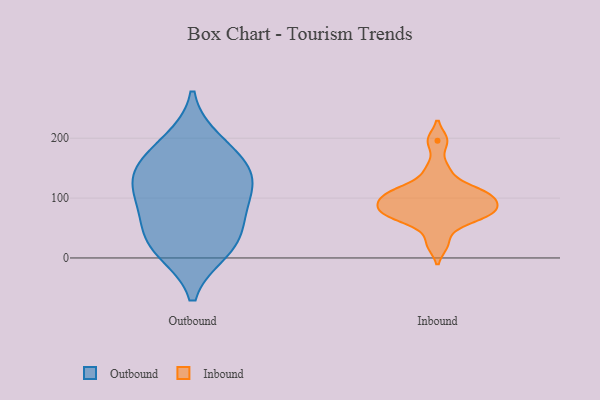
{"axis": {"x": "Population (Million)", "y": "Value"}, "legend": ["Inbound", "Outbound"], "data": [{"x": "", "y": 13, "type": "Outbound"}, {"x": "", "y": 127, "type": "Outbound"}, {"x": "", "y": 194, "type": "Outbound"}, {"x": "", "y": 79, "type": "Outbound"}, {"x": "", "y": 137, "type": "Outbound"}, {"x": "", "y": 35, "type": "Outbound"}, {"x": "", "y": 87, "type": "Outbound"}, {"x": "", "y": 136, "type": "Outbound"}, {"x": "", "y": 169, "type": "Outbound"}, {"x": "", "y": 22, "type": "Outbound"}, {"x": "", "y": 74, "type": "Inbound"}, {"x": "", "y": 106, "type": "Inbound"}, {"x": "", "y": 74, "type": "Inbound"}, {"x": "", "y": 196, "type": "Inbound"}, {"x": "", "y": 23, "type": "Inbound"}, {"x": "", "y": 90, "type": "Inbound"}, {"x": "", "y": 58, "type": "Inbound"}, {"x": "", "y": 107, "type": "Inbound"}, {"x": "", "y": 148, "type": "Inbound"}, {"x": "", "y": 85, "type": "Inbound"}, {"x": "", "y": 105, "type": "Inbound"}, {"x": "", "y": 74, "type": "Inbound"}, {"x": "", "y": 117, "type": "Inbound"}]}